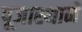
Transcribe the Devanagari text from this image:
पूजास्थानें